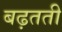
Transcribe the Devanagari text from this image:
बढ़तती